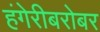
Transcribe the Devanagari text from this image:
हंगेरीबरोबर